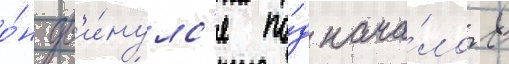
о́н дв'и́нулс'я по́д нача́лом